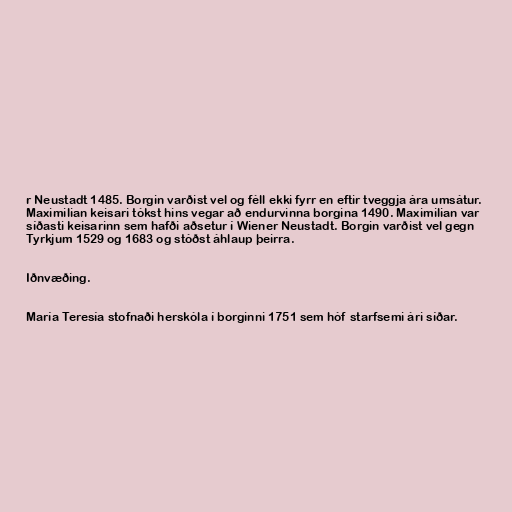
r Neustadt 1485. Borgin varðist vel og féll ekki fyrr en eftir tveggja ára umsátur.
Maximilian keisari tókst hins vegar að endurvinna borgina 1490. Maximilian var
síðasti keisarinn sem hafði aðsetur í Wiener Neustadt. Borgin varðist vel gegn
Tyrkjum 1529 og 1683 og stóðst áhlaup þeirra.

Iðnvæðing.

María Teresía stofnaði herskóla í borginni 1751 sem hóf starfsemi ári síðar.